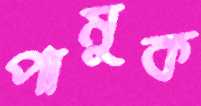
পামুক